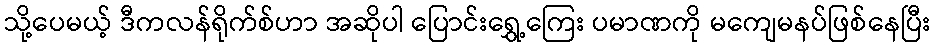
သို့ပေမယ့် ဒီကလန်ရိုက်စ်ဟာ အဆိုပါ ပြောင်းရွှေ့ကြေး ပမာဏကို မကျေမနပ်ဖြစ်နေပြီး